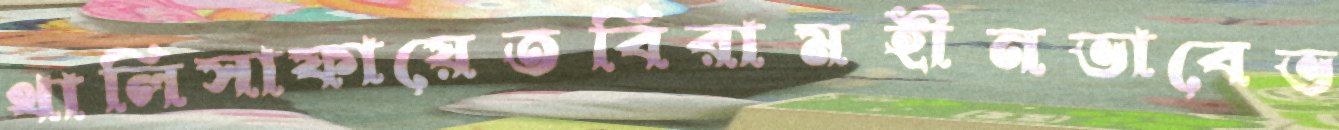
থালিসাফায়েতবিরামহীনভাবেভ